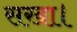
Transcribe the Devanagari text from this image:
सखा।